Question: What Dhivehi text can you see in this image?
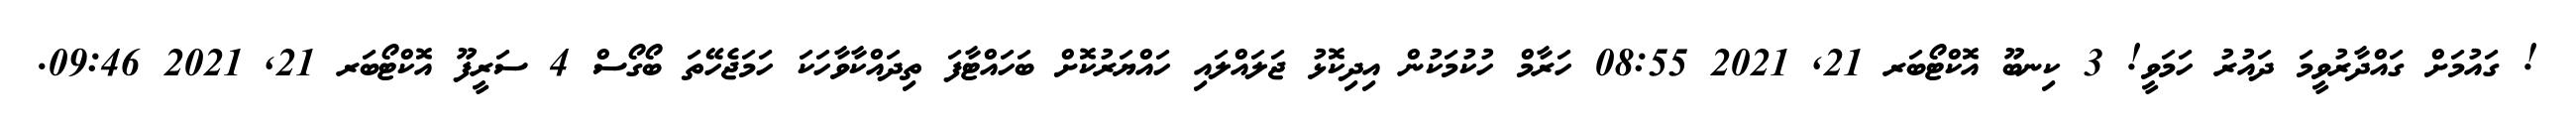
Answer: ! ގައުމަށް ގައްދާރުވީމަ ދައުރު ހަމަވީ! 3 ކިނބޫ އޮކްޓޯބަރ 21, 2021 08:55 ހަރާމް ހުކުމަކުން އިދިކޮޅު ޖަލައްލައި ހައްޔަރުކޮށް ބަހައްޓާފަ ތިދައްކާވާހަކަ ހަމަޖެހޭތަ ބޯގޯސް 4 ސަރީފޫ އޮކްޓޯބަރ 21, 2021 09:46.